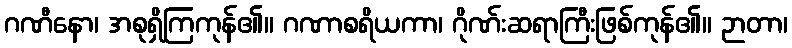
ဂဏီနော၊ အစုရှိကြကုန်၏။ ဂဏာစရိယကာ၊ ဂိုဏ်းဆရာကြီးဖြစ်ကုန်၏။ ဉာတာ၊